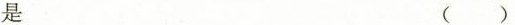
是 ( )